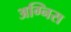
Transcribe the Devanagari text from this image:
अग्निस